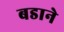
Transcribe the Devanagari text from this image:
बडाने